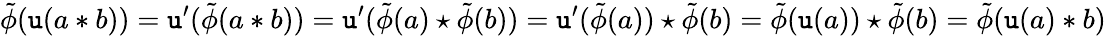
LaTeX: \tilde{\phi}(\mathtt{u}(a\ast b))=\mathtt{u}^{\prime}(\tilde{\phi}(a\ast b))=\mathtt{u}^{\prime}(\tilde{\phi}(a)\star\tilde{\phi}(b))=\mathtt{u}^{\prime}(\tilde{\phi}(a))\star\tilde{\phi}(b)=\tilde{\phi}(\mathtt{u}(a))\star\tilde{\phi}(b)=\tilde{\phi}(\mathtt{u}(a)\ast b)